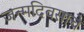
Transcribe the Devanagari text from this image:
जन्मदिवसाचे